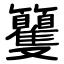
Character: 籰